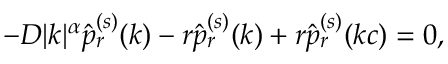
- D | k | ^ { \alpha } \hat { p } _ { r } ^ { ( s ) } ( k ) - r \hat { p } _ { r } ^ { ( s ) } ( k ) + r \hat { p } _ { r } ^ { ( s ) } ( k c ) = 0 ,